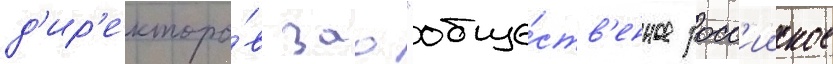
д'ир'екторо́в зао "обще́ств'енное росс'ииское